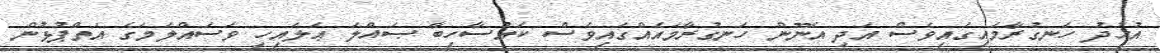
އުޙުދު ހަނގުރާމައިގައިވެސް އަދި އެނޫން ހަނގުރާމައެއްގައިވެސް ކައުސާހިބާ ޞައްލަ ޢަލައިހި ވަސައްލަމަގެ އަތްޕުޅުން